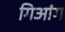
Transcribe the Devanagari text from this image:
गिआंग